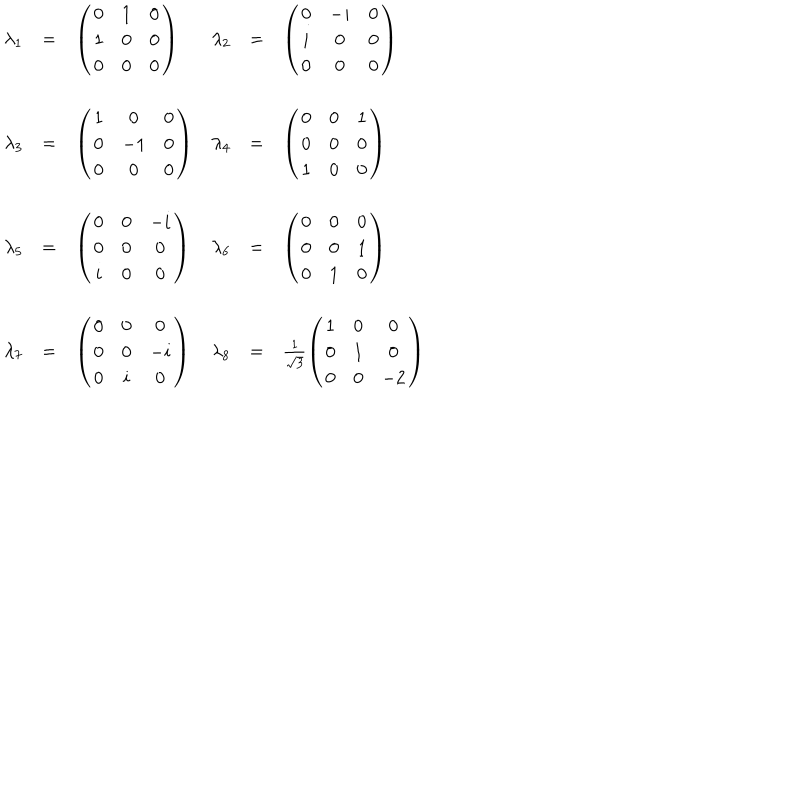
LaTeX: \begin{array} { r c l r c l } { { \lambda _ { 1 } } } & { { = } } & { { \left( \begin{array} { c c c } { { 0 } } & { { 1 } } & { { 0 } } \\ { { 1 } } & { { 0 } } & { { 0 } } \\ { { 0 } } & { { 0 } } & { { 0 } } \\ \end{array} \right) } } & { { \lambda _ { 2 } } } & { { = } } & { { \left( \begin{array} { c c c } { { 0 } } & { { - i } } & { { 0 } } \\ { { i } } & { { 0 } } & { { 0 } } \\ { { 0 } } & { { 0 } } & { { 0 } } \\ \end{array} \right) } } \\ { { } } & { { } } & { { } } & { { } } & { { } } & { { } } \\ { { \lambda _ { 3 } } } & { { = } } & { { \left( \begin{array} { c c c } { { 1 } } & { { 0 } } & { { 0 } } \\ { { 0 } } & { { - 1 } } & { { 0 } } \\ { { 0 } } & { { 0 } } & { { 0 } } \\ \end{array} \right) } } & { { \lambda _ { 4 } } } & { { = } } & { { \left( \begin{array} { c c c } { { 0 } } & { { 0 } } & { { 1 } } \\ { { 0 } } & { { 0 } } & { { 0 } } \\ { { 1 } } & { { 0 } } & { { 0 } } \\ \end{array} \right) } } \\ { { } } & { { } } & { { } } & { { } } & { { } } & { { } } \\ { { \lambda _ { 5 } } } & { { = } } & { { \left( \begin{array} { c c c } { { 0 } } & { { 0 } } & { { - i } } \\ { { 0 } } & { { 0 } } & { { 0 } } \\ { { i } } & { { 0 } } & { { 0 } } \\ \end{array} \right) } } & { { \lambda _ { 6 } } } & { { = } } & { { \left( \begin{array} { c c c } { { 0 } } & { { 0 } } & { { 0 } } \\ { { 0 } } & { { 0 } } & { { 1 } } \\ { { 0 } } & { { 1 } } & { { 0 } } \\ \end{array} \right) } } \\ { { } } & { { } } & { { } } & { { } } & { { } } & { { } } \\ { { \lambda _ { 7 } } } & { { = } } & { { \left( \begin{array} { c c c } { { 0 } } & { { 0 } } & { { 0 } } \\ { { 0 } } & { { 0 } } & { { - i } } \\ { { 0 } } & { { i } } & { { 0 } } \\ \end{array} \right) } } & { { \lambda _ { 8 } } } & { { = } } & { { \frac { 1 } { \sqrt { 3 } } \left( \begin{array} { c c c } { { 1 } } & { { 0 } } & { { 0 } } \\ { { 0 } } & { { 1 } } & { { 0 } } \\ { { 0 } } & { { 0 } } & { { - 2 } } \\ \end{array} \right) } } \\ \end{array}